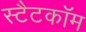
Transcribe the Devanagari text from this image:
स्टैटकॉम